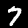
Digit: 7